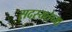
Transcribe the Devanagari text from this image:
सदस्यतेच्या